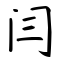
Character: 闫